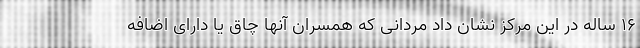
۱۶ ساله در این مرکز نشان داد مردانی که همسران آنها چاق یا دارای اضافه